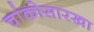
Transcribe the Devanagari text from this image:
चांकोसारखा